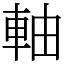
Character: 軸